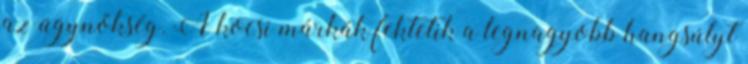
az ügynökség. A kocsi márkák fektetik a legnagyobb hangsúlyt